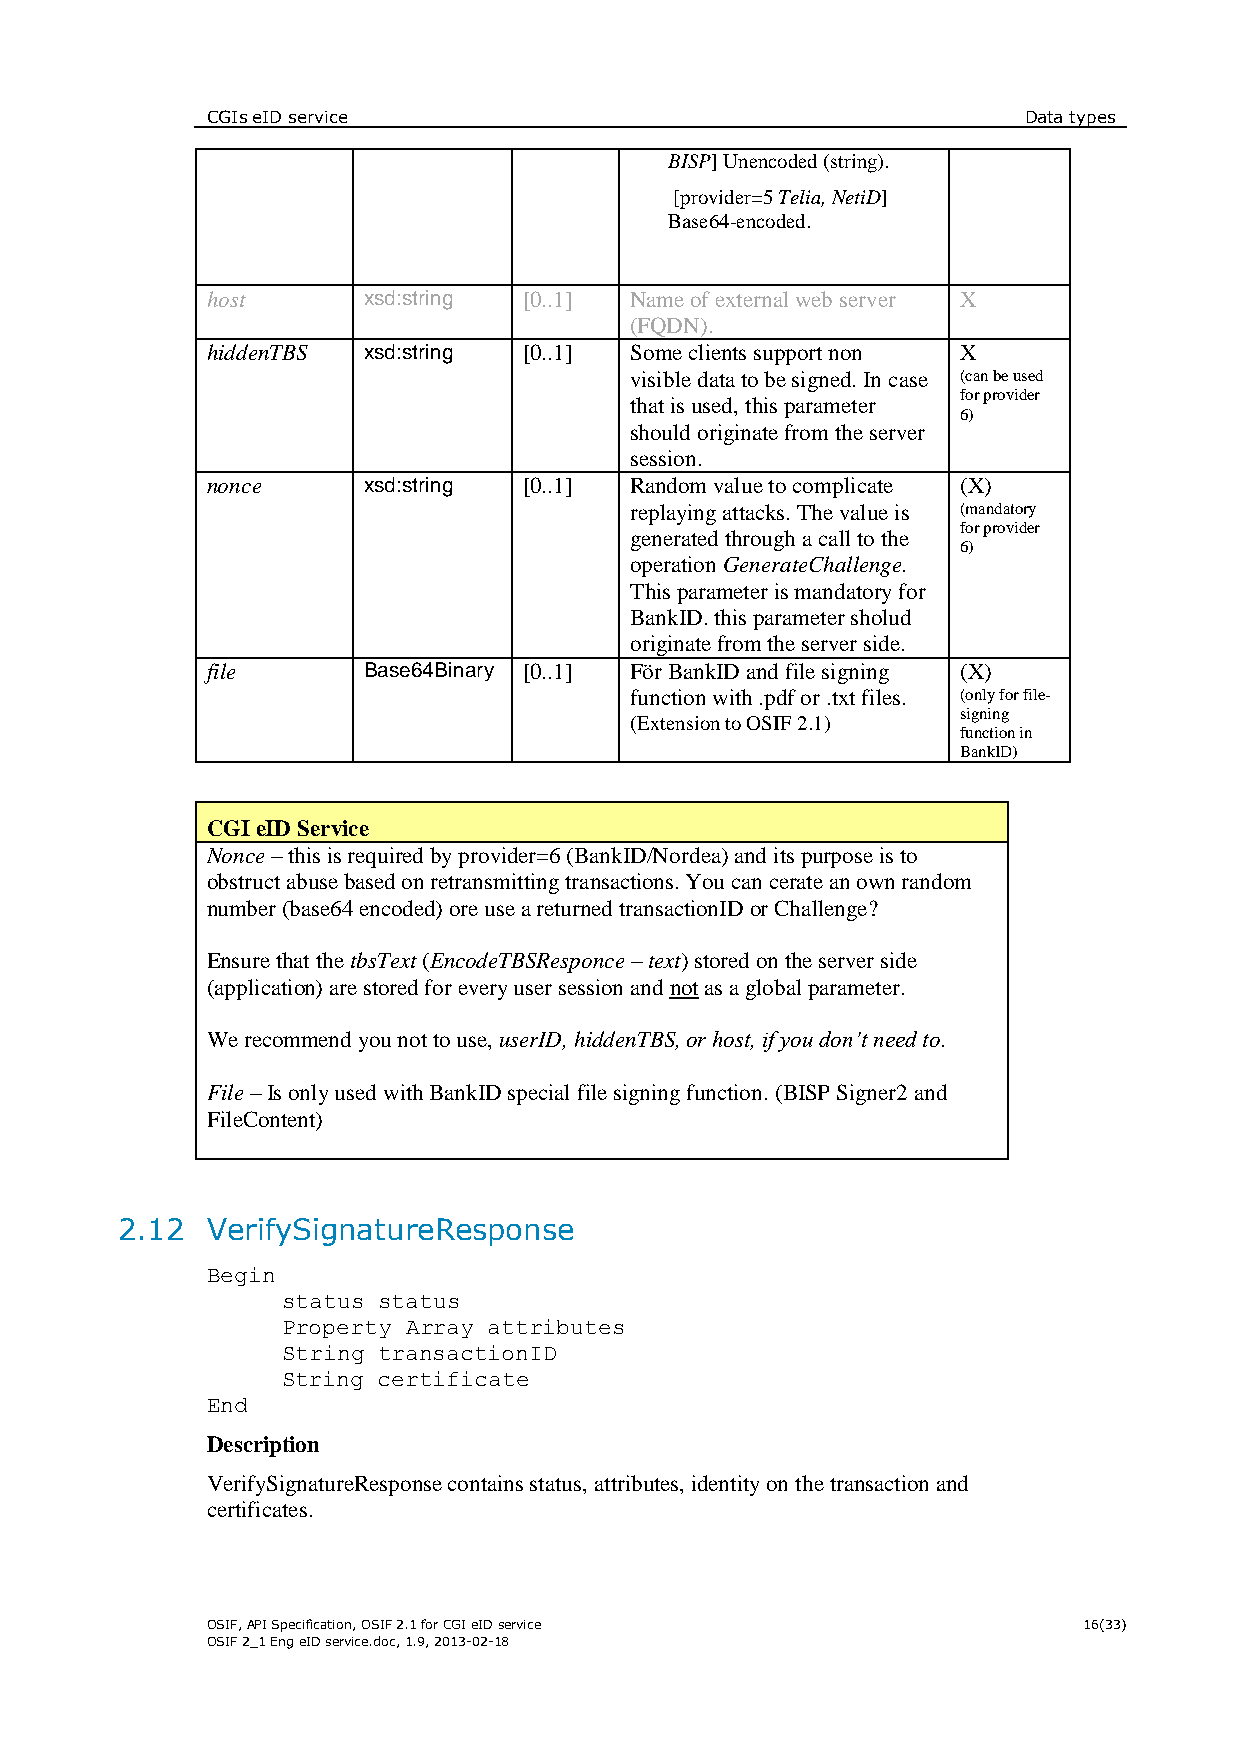
CGIs eID service                                      Data types
 BISP] Unencoded (string).
 [provider=5 Telia, NetiD]
 Base64-encoded.
 host      xsd:string [0..1] Name of external web server X
 (FQDN).
 hiddenTBS xsd:string [0..1] Some clients support non X
 visible data to be signed. In case (can be used
 for provider
 that is used, this parameter
 6)
 should originate from the server
 session.
 nonce     xsd:string [0..1] Random value to complicate (X)
 replaying attacks. The value is (mandatory
 for provider
 generated through a call to the
 6)
 operation GenerateChallenge.
 This parameter is mandatory for
 BankID. this parameter sholud
 originate from the server side.
 file      Base64Binary [0..1] För BankID and file signing (X)
 function with .pdf or .txt files. (only for file-
 (Extension to OSIF 2.1)
 signing
 function in
 BankID)
 CGI eID Service
 Nonce – this is required by provider=6 (BankID/Nordea) and its purpose is to
 obstruct abuse based on retransmitting transactions. You can cerate an own random
 number (base64 encoded) ore use a returned transactionID or Challenge?
 Ensure that the tbsText (EncodeTBSResponce – text) stored on the server side
 (application) are stored for every user session and not as a global parameter.
 We recommend you not to use, userID, hiddenTBS, or host, if you don’t need to.
 File – Is only used with BankID special file signing function. (BISP Signer2 and
 FileContent)
 2.12  VerifySignatureResponse
 Begin
 status status
 Property Array attributes
 String transactionID
 String certificate
 End
 Description
 VerifySignatureResponse contains status, attributes, identity on the transaction and
 certificates.
 OSIF, API Specification, OSIF 2.1 for CGI eID service     16(33)
 OSIF 2_1 Eng eID service.doc, 1.9, 2013-02-18